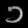
Digit: ၁